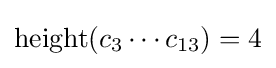
\operatorname {height} (c_{3}\cdots c_{13})=4